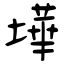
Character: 墷